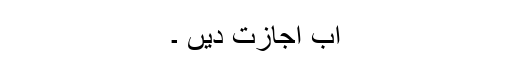
اب اجازت دیں ۔